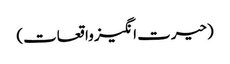
(حیرت انگیز واقعات)